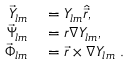
\begin{array} { r l } { \vec { Y } _ { l m } } & { { } = Y _ { l m } \hat { \vec { r } } , } \\ { \vec { \Psi } _ { l m } } & { { } = r \nabla Y _ { l m } , } \\ { \vec { \Phi } _ { l m } } & { { } = \vec { r } \times \nabla Y _ { l m } \; . } \end{array}